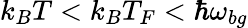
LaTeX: k_{B}T<k_{B}T_{F}<\hbar\omega_{bg}